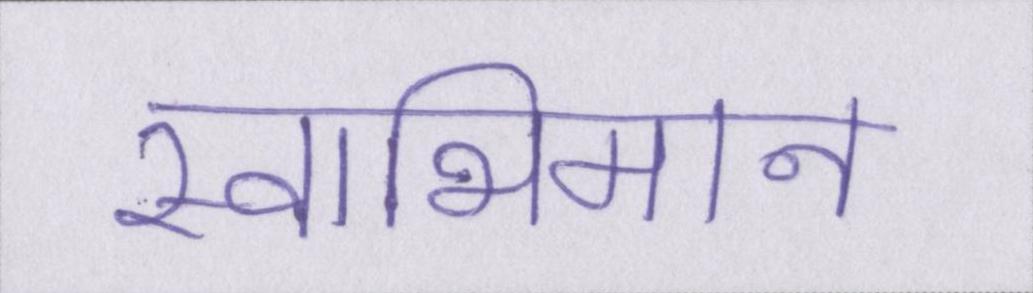
स्वाभिमान